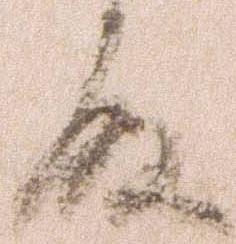
殿